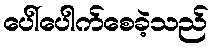
ပေါ်ပေါက်စေခဲ့သည်